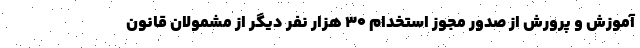
آموزش و پرورش از صدور مجوز استخدام 30 هزار نفر دیگر از مشمولان قانون